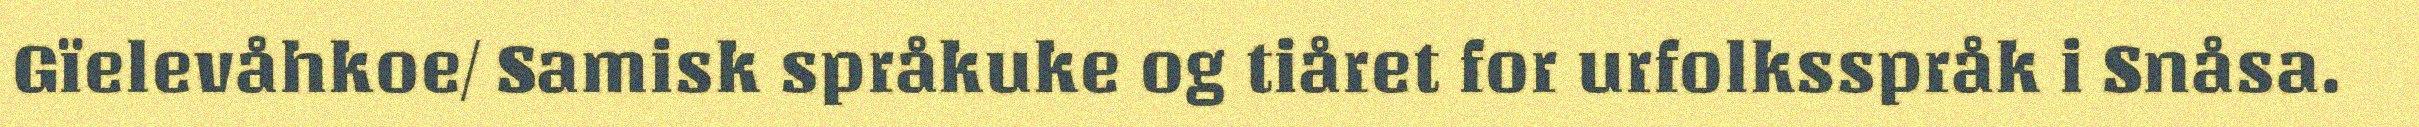
Gïelevåhkoe/ Samisk språkuke og tiåret for urfolksspråk i Snåsa.